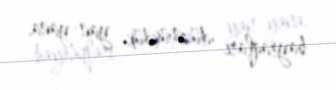
bayraqları düzmüşdük yan-yana.